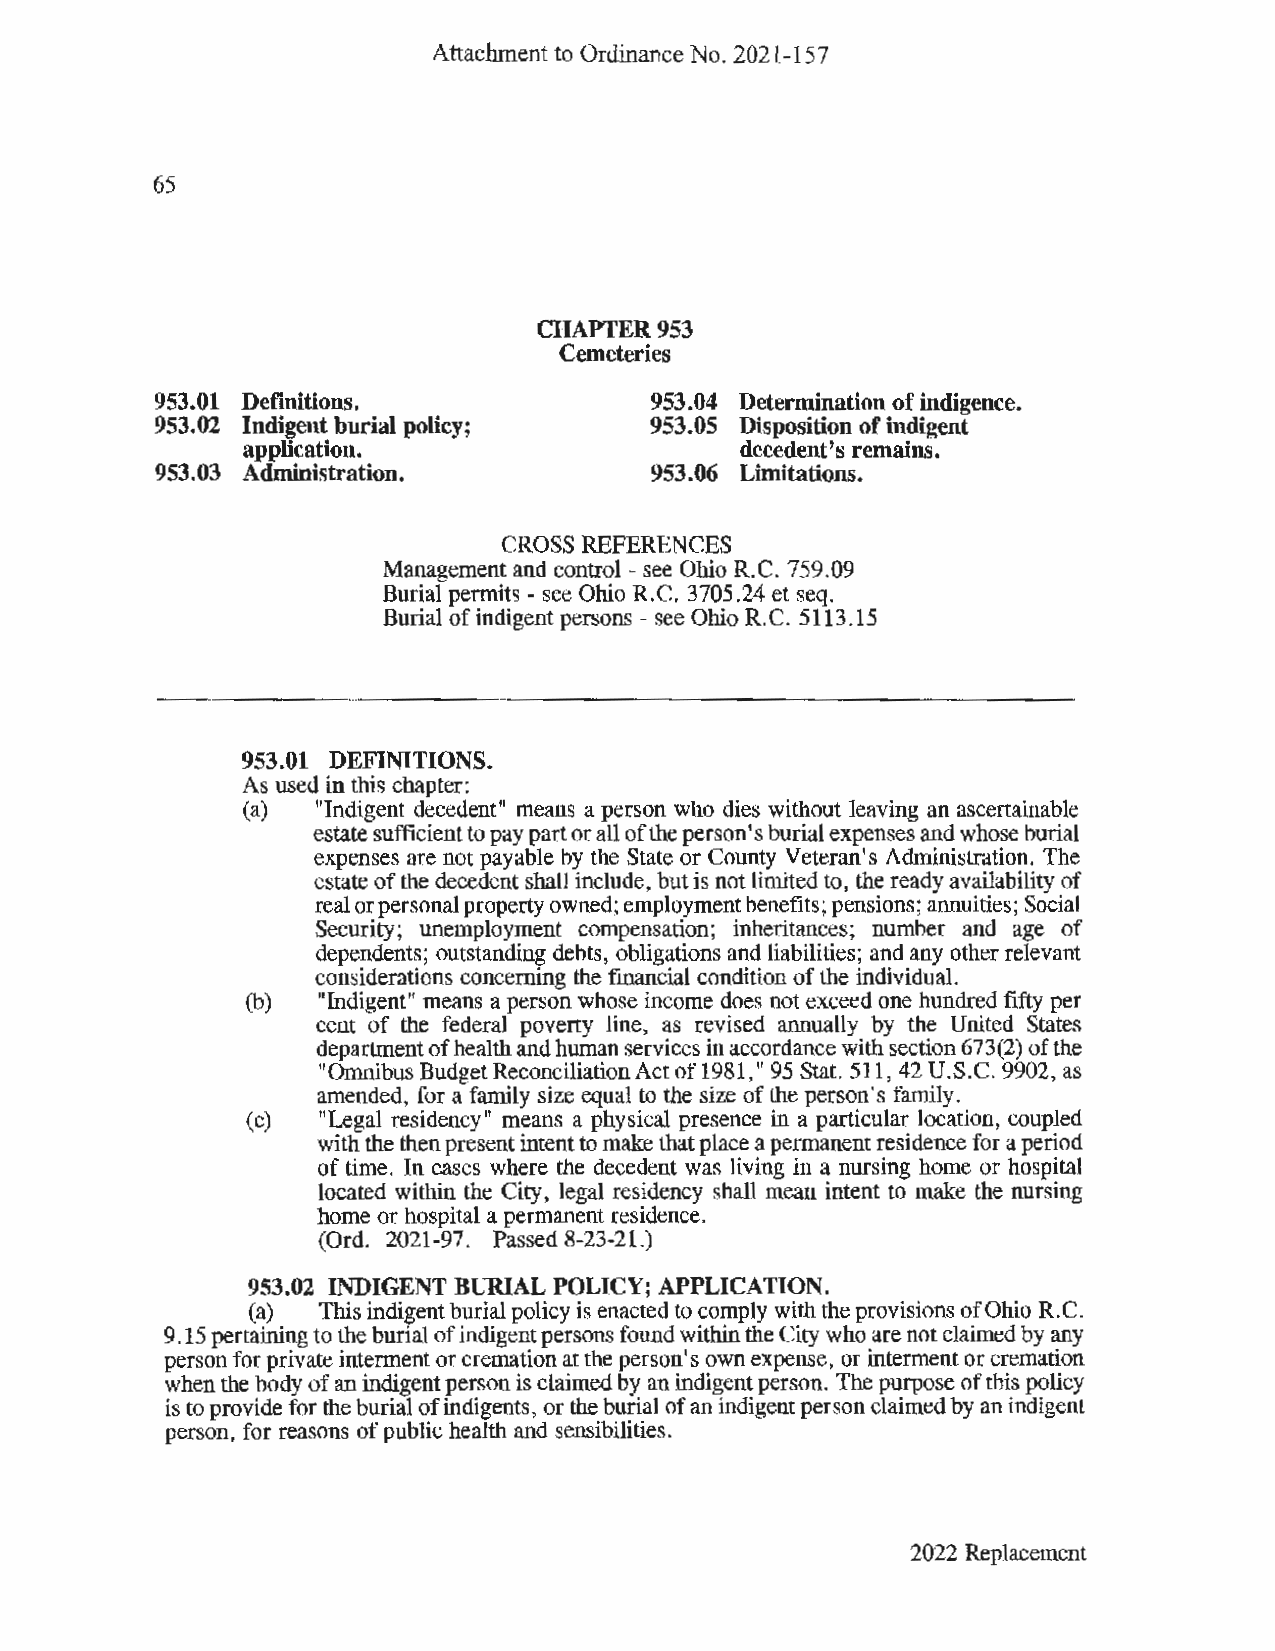
Attachment to Ordinance No. 2021-157
 65
 CHAPTER953
 Cemeteries
 953.01 Definitions.              953.04 Determination of indigence.
 953.02 Indigent burial policy;   953.05 Disposition of indigent
 application.                     decedent's remains.
 953.03 Administration.           953.06 Limitations.
 CROSS REFERENCES
 Management and control - see Ohio R.C. 759.09
 Burial permits - see Ohio R.C. 3705.24 et seq.
 Burial of indigent persons - see Ohio R. C. 5113 .15
 953.01 DEFINITIONS.
 As used in this chapter:
 (a)  "Indigent decedent" means a person who dies without leaving an ascertainable
 estate sufficient to pay part or all of the person's burial expenses and whose burial
 expenses are not payable by the State or County Veteran's Administration. The
 estate of the decedent shall include, but is not limited to, the ready availability of
 real or personal property owned; employment benefits; pensions; annuities; Social
 Security; unemployment compensation; inheritances; number and age of
 dependents; outstanding debts, obligations and liabilities; and any other relevant
 considerations concerning the financial condition of the individual.
 (b)  "Indigent" means a person whose income does not exceed one hundred fifty per
 cent of the federal poverty line, as revised annually by the United States
 department of health and human services in accordance with section 673(2) of the
 "Omnibus BudgetReconciliationActof1981," 95 Stat. 511, 42 U.S.C. 9902, as
 amended, for a family size equal to the size of the person's family.
 (c)  "Legal residency" means a physical presence in a particular location, coupled
 with the then present intent to make that place a permanent residence for a period
 of time. In cases where the decedent was living in a nursing home or hospital
 located within the City, legal residency shall mean intent to make the nursing
 home or hospital a permanent residence.
 (Ord. 2021-97. Passed 8-23-21.)
 953.02 INDIGENT BURIAL POLICY; APPLICATION.
 (a)  This indigent burial policy is enacted to comply with the provisions of Ohio R. C.
 9 .15 pertaining to the burial of indigent persons found within the City who are not claimed by any
 person for private interment or cremation at the person's own expense, or interment or cremation
 when the body of an indigent person is claimed by an indigent person. The purpose of this policy
 is to provide for the burial of indigents, or the burial of an indigent person claimed by an indigent
 person, for reasons of public health and sensibilities.
 2022 Replacement